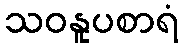
သဝနူပစာရံ